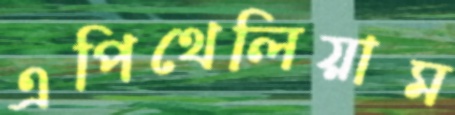
এপিথেলিয়াম